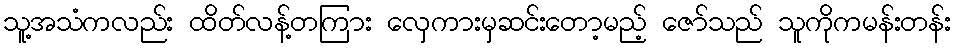
သူ့အသံကလည်း ထိတ်လန့်တကြား လှေကားမှဆင်းတော့မည့် ဇော်သည် သူကိုကမန်းတန်း